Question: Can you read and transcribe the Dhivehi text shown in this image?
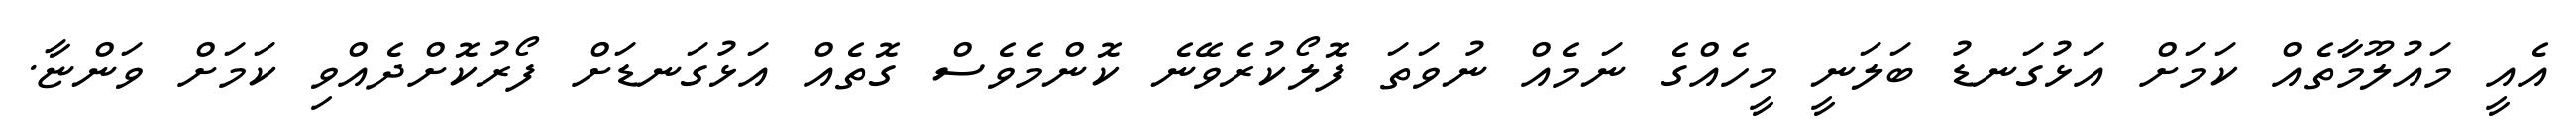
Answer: އެއީ މައުލޫމާތެއް ކަމަށް އަޅުގަނޑު ބަލަނީ މީހެއްގެ ނަމެއް ނުވަތަ ފޮލޯކުރެވޭނެ ކޮންމެވެސް ގޮތެއް އަޅުގަނޑަށް ފޯރުކޮށްދެއްވި ކަމަށް ވަންޏާ.